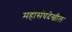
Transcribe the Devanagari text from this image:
महासंघदेखील